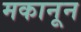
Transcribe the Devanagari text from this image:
मकानून